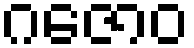
ဂဇောဝ